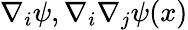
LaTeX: \nabla_{i}\psi,\nabla_{i}\nabla_{j}\psi({x})